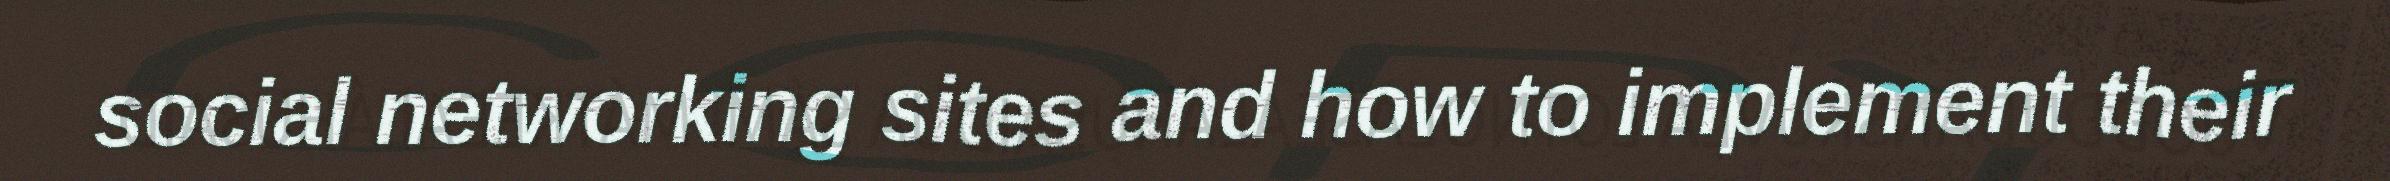
social networking sites and how to implement their